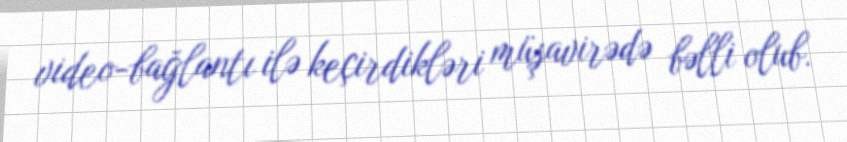
video-bağlantı ilə keçirdikləri müşavirədə bəlli olub.